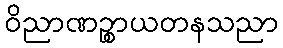
ဝိညာဏဉ္စာယတနသညာ